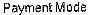
PAYMENT MODE